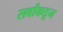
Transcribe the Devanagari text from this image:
सर्वांकडून